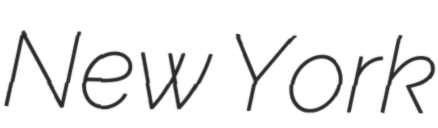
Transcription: New York